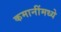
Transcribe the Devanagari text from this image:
कमानींमध्ये